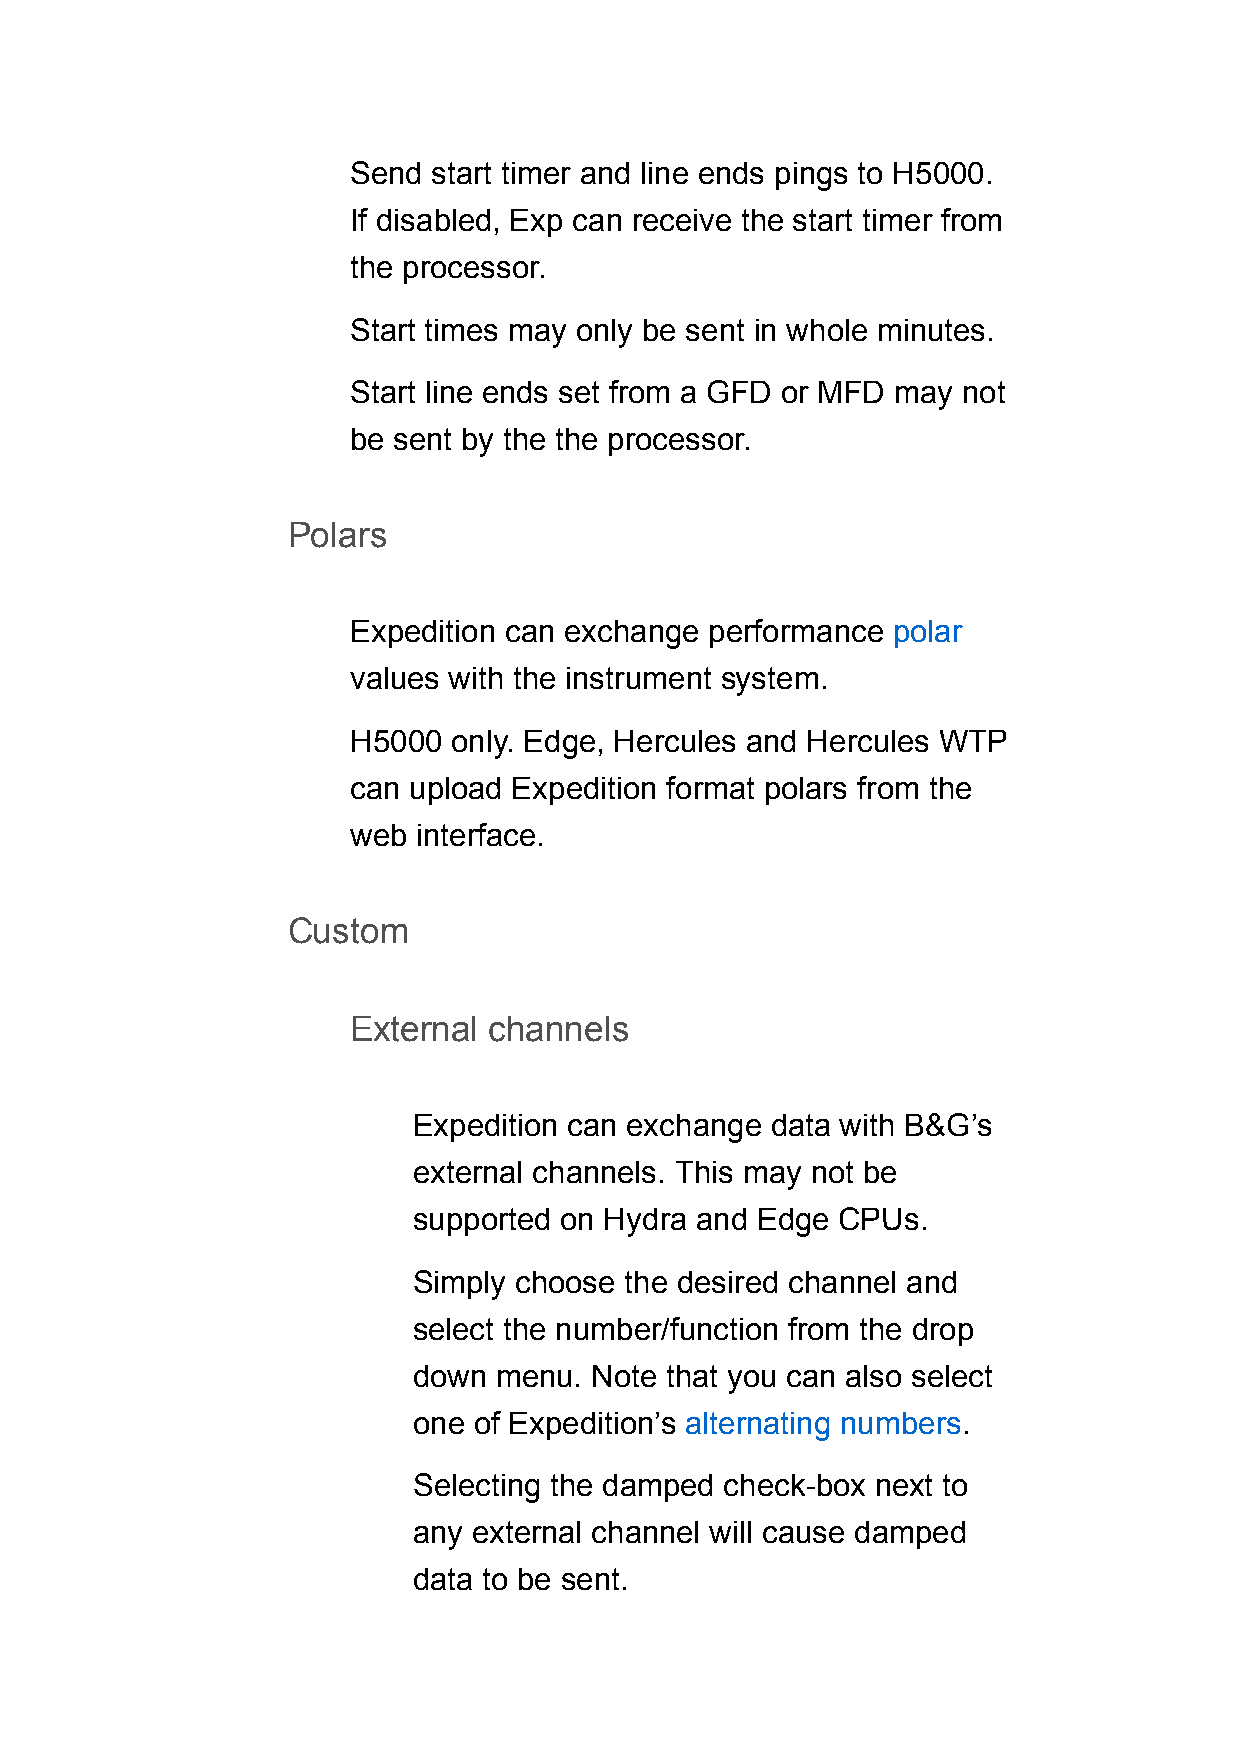
Send  start timer and line ends pings to H5000.
 If disabled, Exp can receive the start timer from
 the processor.
 Start times may only be sent in whole minutes.
 Start line ends set from a GFD or MFD may not
 be sent by the the processor.
 Polars
 Expedition can exchange performance polar
 values with the instrument system.
 H5000  only. Edge, Hercules and Hercules WTP
 can upload Expedition format polars from the
 web  interface.
 Custom
 External channels
 Expedition can exchange data with B&G’s
 external channels. This may not be
 supported on Hydra and Edge  CPUs.
 Simply choose the desired channel and
 select the number/function from the drop
 down  menu. Note that you can also select
 one of Expedition’s alternating numbers.
 Selecting the damped check-box next to
 any external channel will cause damped
 data to be sent.